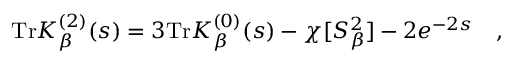
\mathrm { T r } K _ { \beta } ^ { ( 2 ) } ( s ) = 3 \mathrm { T r } K _ { \beta } ^ { ( 0 ) } ( s ) - \chi [ S _ { \beta } ^ { 2 } ] - 2 e ^ { - 2 s } ~ ~ ~ ,